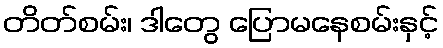
တိတ်စမ်း၊ ဒါတွေ ပြောမနေစမ်းနှင့်